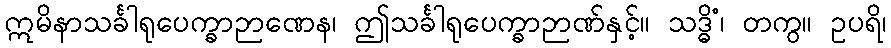
ဣမိနာသင်္ခါရုပေက္ခာဉာဏေန၊ ဤသင်္ခါရုပေက္ခာဉာဏ်နှင့်။ သဒ္ဓိံ၊ တကွ။ ဥပရိ၊